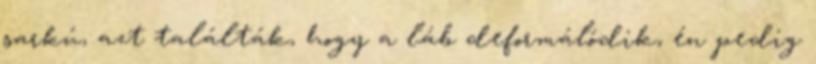
sarkú, azt találták, hogy a láb deformálódik, én pedig